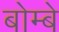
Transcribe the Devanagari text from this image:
बोम्‍बे